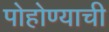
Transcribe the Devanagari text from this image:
पोहोण्याची